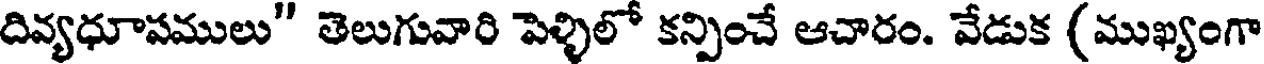
దివ్యధూపములు" తెలుగువారి పెళ్ళిలో కన్పించే ఆచారం. వేడుక (ముఖ్యంగా